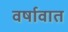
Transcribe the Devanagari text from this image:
वर्षावात